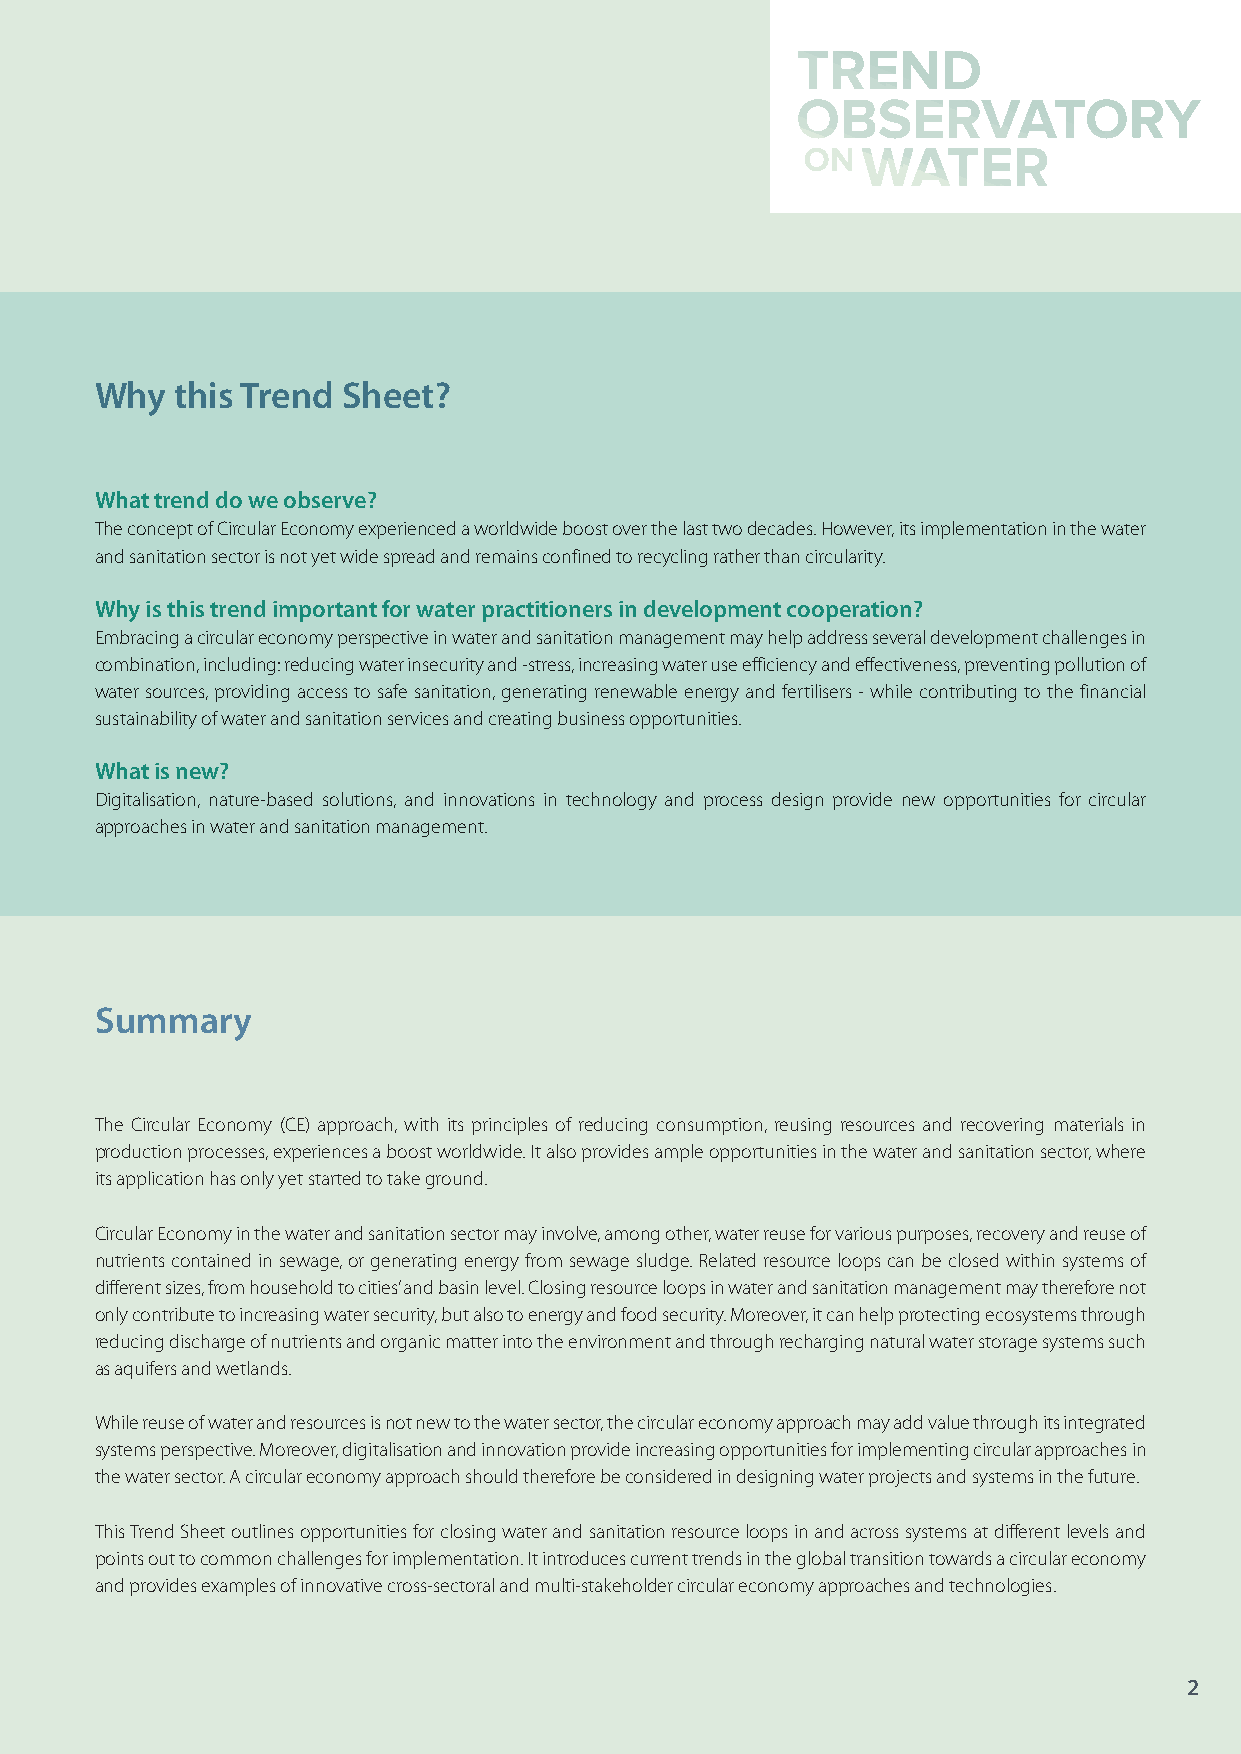
Why   this Trend Sheet?
 What trend do we observe?
 The concept of Circular Economy experienced a worldwide boost over the last two decades. However, its implementation in the water
 and sanitation sector is not yet wide spread and remains confined to recycling rather than circularity.
 Why is this trend important for water practitioners in development cooperation?
 Embracing a circular economy perspective in water and sanitation management may help address several development challenges in
 combination, including: reducing water insecurity and -stress, increasing water use efficiency and effectiveness, preventing pollution of
 water sources, providing access to safe sanitation, generating renewable energy and fertilisers - while contributing to the financial
 sustainability of water and sanitation services and creating business opportunities.
 What is new?
 Digitalisation, nature-based solutions, and innovations in technology and process design provide new opportunities for circular
 approaches in water and sanitation management.
 Summary
 The Circular Economy (CE) approach, with its principles of reducing consumption, reusing resources and recovering materials in
 production processes, experiences a boost worldwide. It also provides ample opportunities in the water and sanitation sector, where
 its application has only yet started to take ground.
 Circular Economy in the water and sanitation sector may involve, among other, water reuse for various purposes, recovery and reuse of
 nutrients contained in sewage, or generating energy from sewage sludge. Related resource loops can be closed within systems of
 different sizes, from household to cities’ and basin level. Closing resource loops in water and sanitation management may therefore not
 only contribute to increasing water security, but also to energy and food security. Moreover, it can help protecting ecosystems through
 reducing discharge of nutrients and organic matter into the environment and through recharging natural water storage systems such
 as aquifers and wetlands.
 While reuse of water and resources is not new to the water sector, the circular economy approach may add value through its integrated
 systems perspective. Moreover, digitalisation and innovation provide increasing opportunities for implementing circular approaches in
 the water sector. A circular economy approach should therefore be considered in designing water projects and systems in the future.
 This Trend Sheet outlines opportunities for closing water and sanitation resource loops in and across systems at different levels and
 points out to common challenges for implementation. It introduces current trends in the global transition towards a circular economy
 and provides examples of innovative cross-sectoral and multi-stakeholder circular economy approaches and technologies.
 2